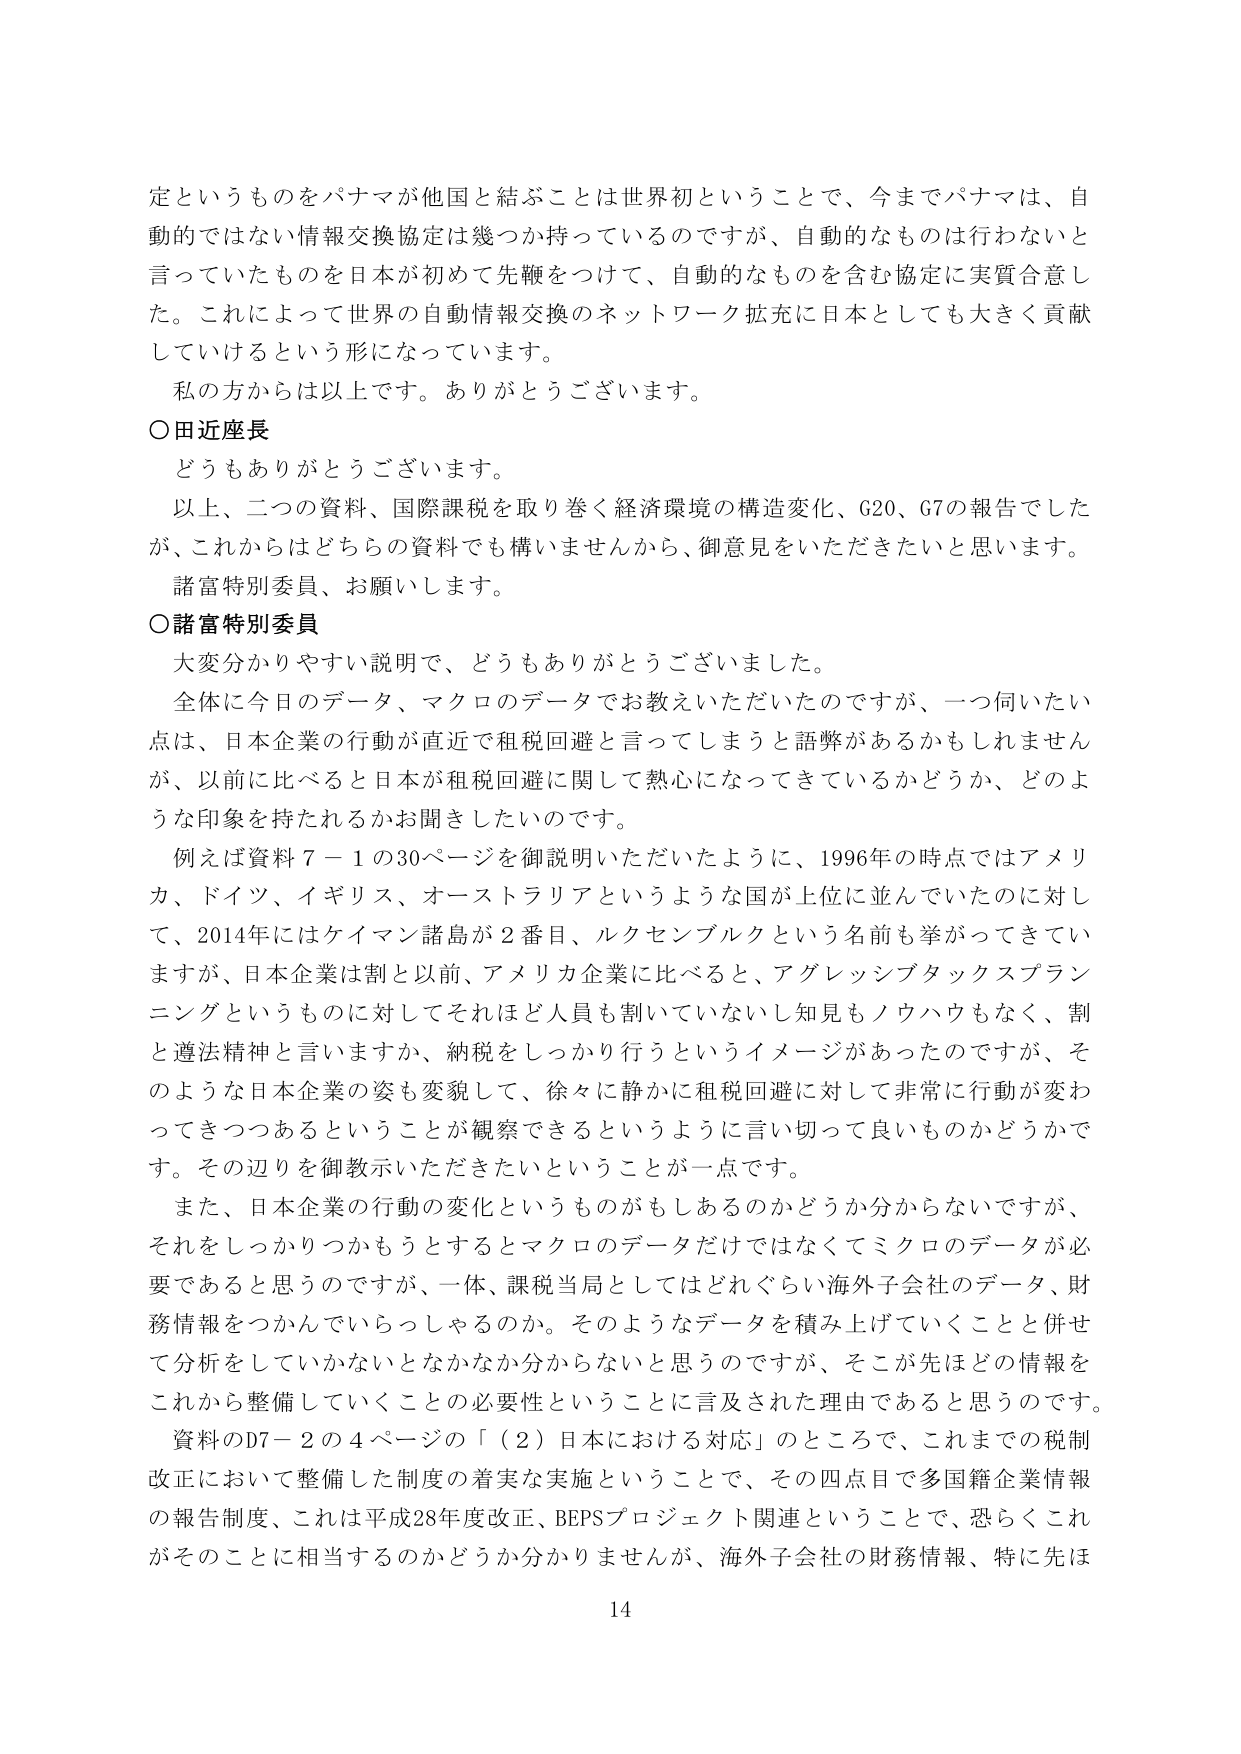
定というものをパナマが他国と結ぶことは世界初ということで、今までパナマは、自動的ではない情報交換協定は幾つか持っているのですが、自動的なものは行わないと 言っていたものを日本が初めて先鞭をつけて、自動的なものを含む協定に実質合意した。これによって世界の自動情報交換のネットワーク拡充に日本としても大きく貢献していけるという形になっています。

私の方からは以上です。ありがとうございます。

○田近座長
どうもありがとうございます。
以上、二つの資料、国際課税を取り巻く経済環境の構造変化、G20、G7の報告でした が、これからはどちらの資料でも構いませんから、御意見をいただきたいと思います。
諸富特別委員、お願いします。

○諸富特別委員
大変分かりやすい説明で、どうもありがとうございました。
全体に今日のデータ、マクロのデータでお教えいただいたのですが、一つ伺いたい点は、日本企業の行動が直近で租税回避と言ってしまうと語弊があるかもしれませんが、以前に比べると日本が租税回避に関して熱心になってきているかどうか、どのような印象を持たれるかお聞きしたいのです。
例えば資料７－１の30ページを御説明いただいたように、1996年の時点ではアメリカ、ドイツ、イギリス、オーストラリアというような国が上位に並んでいたのに対して、2014年にはケイマン諸島が2番目、ルクセンブルクという名前も挙がってきていますが、日本企業は割と以前、アメリカ企業に比べると、アグレッシブタックスプランニングというものに対してそれほど人員も割いていないし知見もノウハウもなく、割と遵法精神と言いますか、納税をしっかり行うというイメージがあったのですが、そのような日本企業の姿も変貌して、徐々に静かに租税回避に対して非常に行動が変わってきつつあるということが観察できるというように言い切って良いものかどうかです。その辺りを御教示いただきたいということが一点です。
また、日本企業の行動の変化というものがもしあるのかどうか分からないですが、それをしっかりつかむとするとマクロのデータだけではなくてミクロのデータが必要であると思うのですが、一体、課税当局としてはどれぐらい海外子会社のデータ、財務情報をつかんでいらっしゃるのか。そのようなデータを積み上げていくことと併せて分析をしていかないとなかなか分からないと思うのですが、そこが先ほどどの情報をこれから整備していくことの必要性ということに言及された理由であると思うのです。
資料のD7－2の4ページの「（2）日本における対応」のところで、これまでの税制改正において整備した制度の着実な実施ということで、その四点目で多国籍企業情報の報告制度、これは平成28年度改正、BEPSプロジェクト関連ということで、恐らくこれがそのことに相当するのかどうか分かりませんが、海外子会社の財務情報、特に先は

14